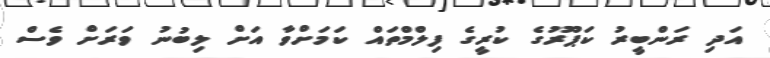
އަދި ރަންބީރު ކަޕޫރުގެ ކުރީގެ ފިލްމްތައް ކަމަށްވާ އަށް ލިބުނު ވަރަށް ވެސް